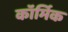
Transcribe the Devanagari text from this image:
कॉर्मिक